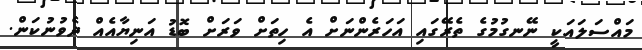
މައްސަލައަކީ ނޭނގުމުގެ ތެރޭގައި އަހަރެންނަށް އެ ހިތަށް ވަރަށް ބޮޑު އަނިޔާއެއް ދެވުނުކަން.